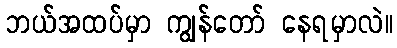
ဘယ်အထပ်မှာ ကျွန်တော် နေရမှာလဲ။